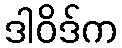
ဒါဝိဒ်က